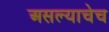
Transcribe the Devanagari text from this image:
असल्याचेच